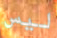
ليس